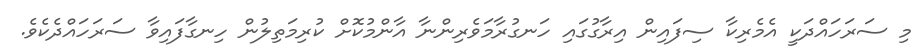
މި ސަރަހައްދަކީ އެމެރިކާ ސިފައިން އިރާގުގައި ހަނގުރާމަވެރިންނާ އާންމުކޮށް ކުރިމަތިލުން ހިނގާފައިވާ ސަރަހައްދެކެވެ.